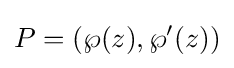
P=(\wp (z),\wp '(z))